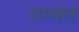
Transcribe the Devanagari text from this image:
रास्थान